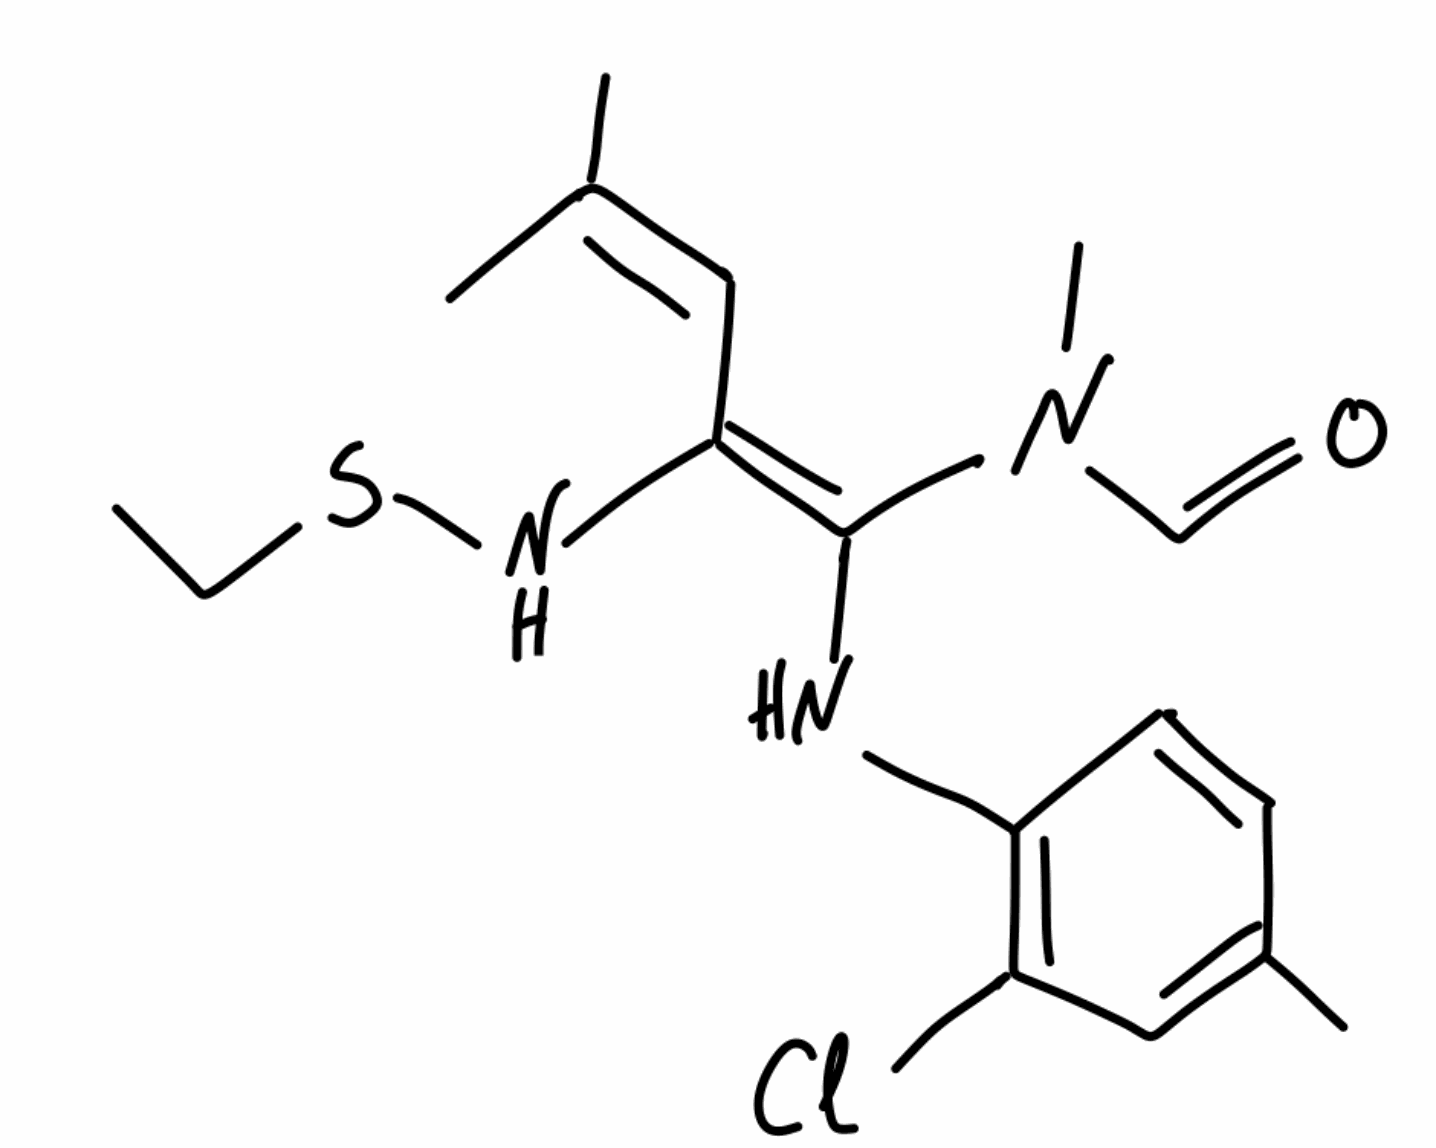
Simplified molecular-input line-entry system (SMILES) notation of the given molecule:
CCSN/C(=C(\NC1=C(C=C(C=C1)C)Cl)/N(C)C=O)/C=C(C)C